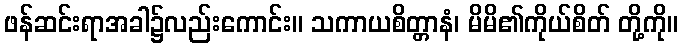
ဖန်ဆင်းရာအခါ၌လည်းကောင်း။ သကာယစိတ္တာနံ၊ မိမိ၏ကိုယ်စိတ် တို့ကို။